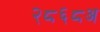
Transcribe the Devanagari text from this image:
२८६८अ